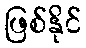
ဖြစ်နိုင်